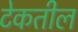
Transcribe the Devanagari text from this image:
टेकतील